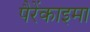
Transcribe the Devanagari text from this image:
पैरेंकाइमा